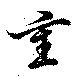
重